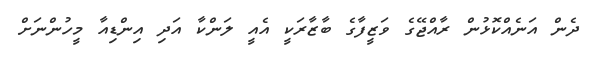
ދެން އަނެއްކޮޅުން ރާއްޖޭގެ ވަޒީފާގެ ބާޒާރަކީ އެއީ ލަންކާ އަދި އިންޑިއާ މީހުންނަށް